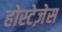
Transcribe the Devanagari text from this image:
होस्टेज़ेस